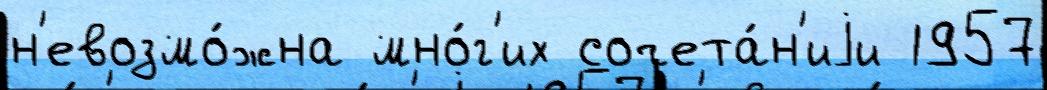
н'евозмо́жна мно́г'их сочета́н'иjи 1957